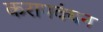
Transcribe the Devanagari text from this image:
करापवंचन